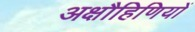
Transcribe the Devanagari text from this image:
अक्षौहिणियों